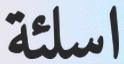
اسلئة